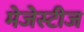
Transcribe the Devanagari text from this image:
मेजेस्टीज